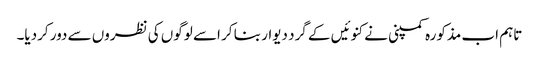
تاہم اب مذکورہ کمپنی نے کنوئیں کے گرد دیوار بنا کر اسے لوگوں کی نظروں سے دور کردیا۔